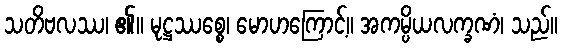
သတိဗလဿ၊ ၏။ မုဋ္ဌဿစ္စေ၊ မောဟကြောင့်။ အကမ္ပိယလက္ခဏံ၊ သည်။